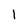
Character: 1